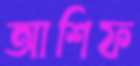
আশিফ